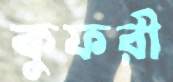
কুফরী